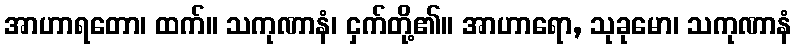
အာဟာရတော၊ ထက်။ သကုဏာနံ၊ ငှက်တို့၏။ အာဟာရော, သုခုမော၊ သကုဏာနံ